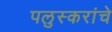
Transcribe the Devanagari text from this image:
पलुस्करांचे